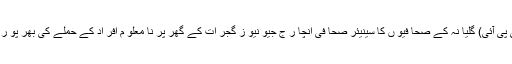
ملکہ(جی پی آئی) گلیا نہ کے صحا فیو ں کا سینیئر صحا فی انچا ر ج جیو نیو ز گجر ات کے گھر پر نا معلو م افر اد کے حملے کی بھر پو ر مذ مت ۔